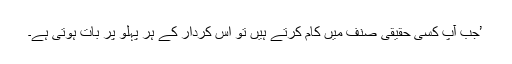
’جب آپ کسی حقیقی صنف میں کام کرتے ہیں تو اس کردار کے ہر پہلو پر بات ہوتی ہے۔